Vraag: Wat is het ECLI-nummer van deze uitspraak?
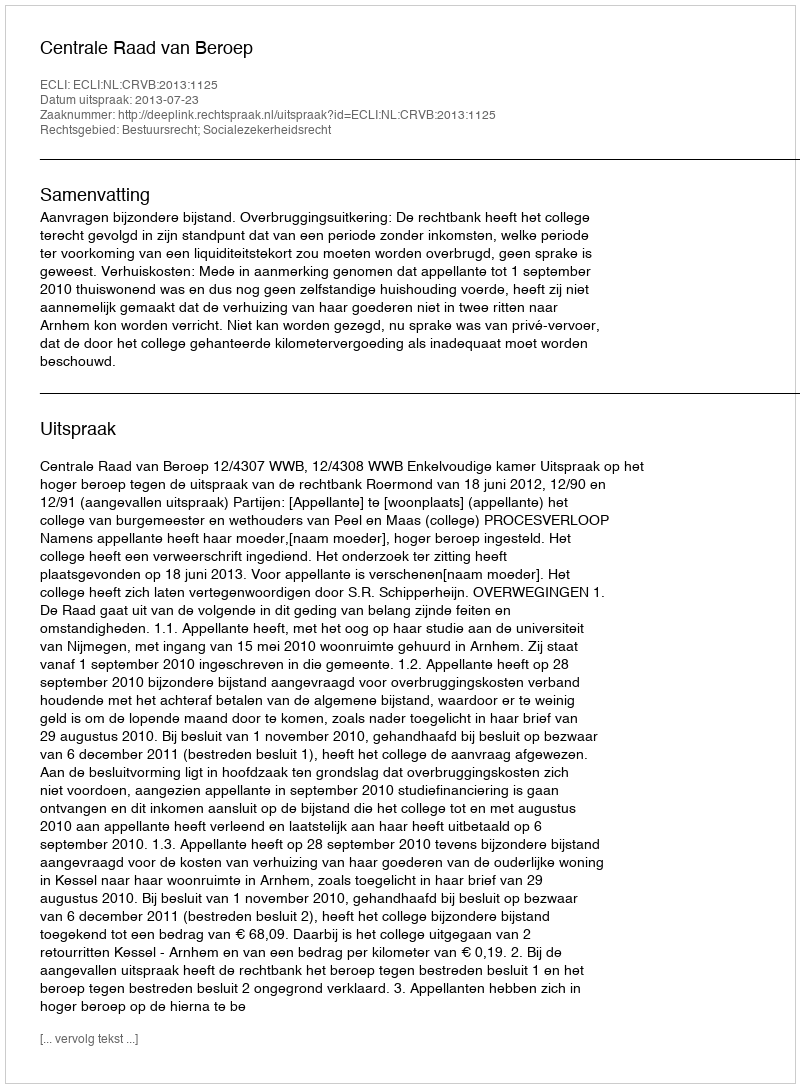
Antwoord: ECLI:NL:CRVB:2013:1125